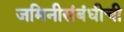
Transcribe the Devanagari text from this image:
जमिनीसंबंधीची